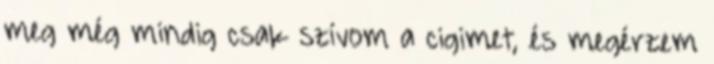
meg még mindig csak szívom a cigimet, és megérzem